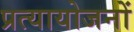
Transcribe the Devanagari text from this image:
प्रत्यायोजनों